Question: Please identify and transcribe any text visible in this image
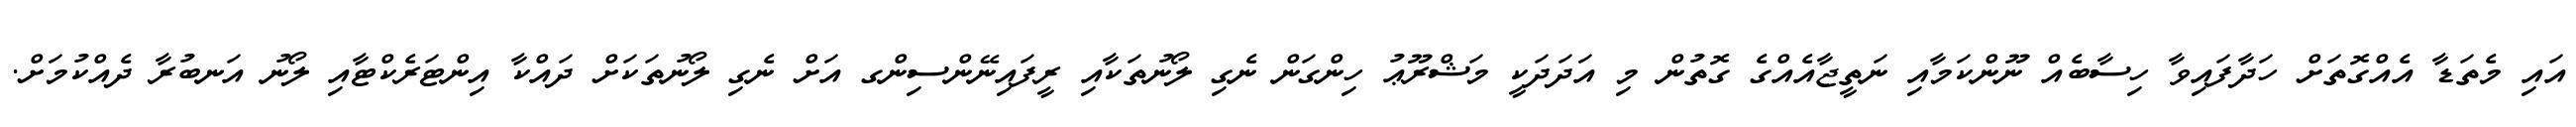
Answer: އައި މެތަޑާ އެއްގޮތަށް ހަދާފައިވާ ހިސާބެއް ނޫންކަމާއި ނަތީޖާއެއްގެ ގޮތުން މި އަދަދަކީ މަޝްރޫޢު ހިންގަން ނެގި ލޯނުތަކާއި ރީފައިނޭންސިންގ އަށް ނެގި ލޯނުތަކަށް ދައްކާ އިންޓަރެކްޓާއި ލޯނު އަނބުރާ ދެއްކުމަށް.